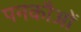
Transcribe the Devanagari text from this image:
पनकौओं